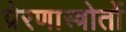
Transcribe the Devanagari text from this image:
प्रेरणास्त्रोतों